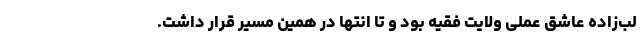
لب‌زاده عاشق عملی ولایت فقیه بود و تا انتها در همین مسیر قرار داشت.